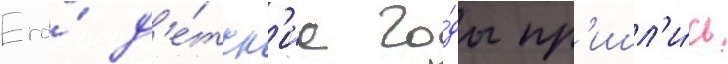
Его́ д'е́тск'ие го́ды пр'ишл'и́сь